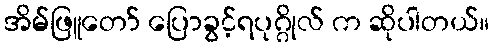
အိမ်ဖြူတော် ပြောခွင့်ရပုဂ္ဂိုလ် က ဆိုပါတယ်။